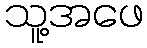
သူ့အဖေ